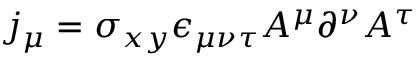
j _ { \mu } = \sigma _ { x y } \epsilon _ { \mu \nu \tau } A ^ { \mu } \partial ^ { \nu } A ^ { \tau }